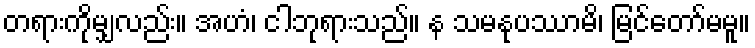
တရားကိုမျှလည်း။ အဟံ၊ ငါဘုရားသည်။ န သမနုပဿာမိ၊ မြင်တော်မမူ။